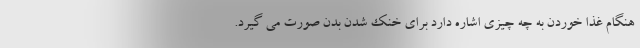
هنگام غذا خوردن به چه چیزی اشاره دارد برای خنک شدن بدن صورت می گیرد.